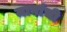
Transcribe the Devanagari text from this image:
मानांची